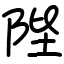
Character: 陛